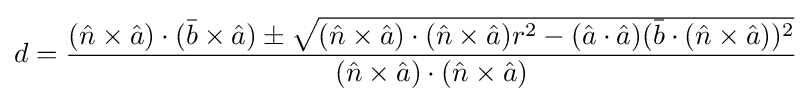
d={\frac {({\hat {n}}\times {\hat {a}})\cdot ({\bar {b}}\times {\hat {a}})\pm {\sqrt {({\hat {n}}\times {\hat {a}})\cdot ({\hat {n}}\times {\hat {a}})r^{2}-({\hat {a}}\cdot {\hat {a}})({\bar {b}}\cdot ({\hat {n}}\times {\hat {a}}))^{2}}}}{({\hat {n}}\times {\hat {a}})\cdot ({\hat {n}}\times {\hat {a}})}}